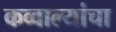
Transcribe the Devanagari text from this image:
कव्वाल्यांचा